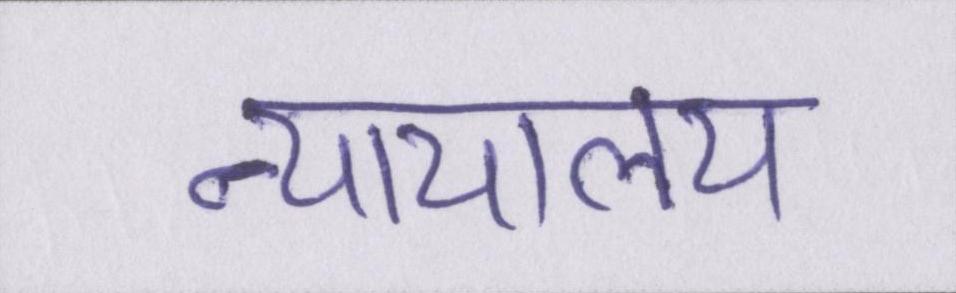
न्यायालय